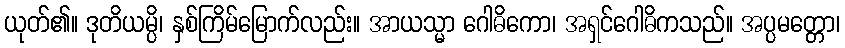
ယုတ်၏။ ဒုတိယမ္ပိ၊ နှစ်ကြိမ်မြောက်လည်း။ အာယသ္မာ ဂေါဓိကော၊ အရှင်ဂေါဓိကသည်။ အပ္ပမတ္တော၊